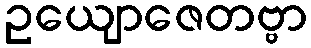
ဥယျောဇေတဗ္ဗာ